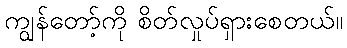
ကျွန်တော့်ကို စိတ်လှုပ်ရှားစေတယ်။